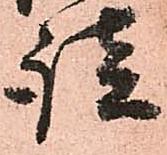
談